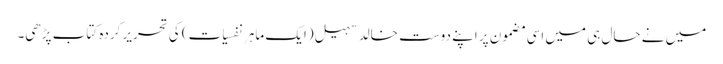
میں نے حال ہی میں اسی مضمون پر اپنے دوست خالد سہیل (ایک ماہرِ نفسیات) کی تحریر کردہ کتاب پڑھی۔